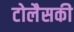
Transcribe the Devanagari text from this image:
टोलैसकी